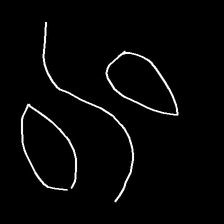
Glyph: water